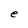
Character: e